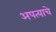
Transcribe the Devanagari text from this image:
अपत्याचे